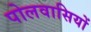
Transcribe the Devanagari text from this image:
पोलवासियों